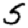
Digit: 5